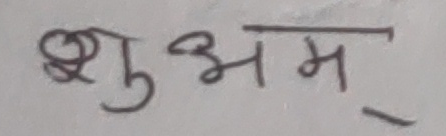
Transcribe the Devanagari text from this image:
शुभम्